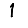
Digit: 1